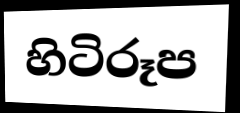
හිටිරූප